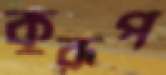
কুরূপ